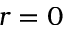
r = 0